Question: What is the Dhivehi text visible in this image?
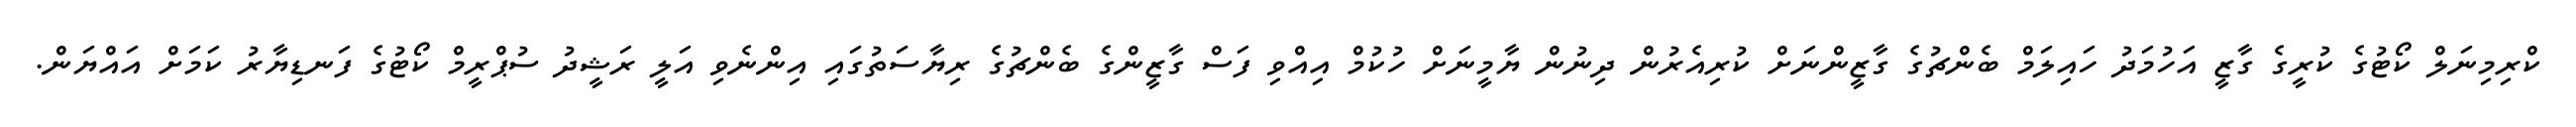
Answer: ކްރިމިނަލް ކޯޓުގެ ކުރީގެ ގާޒީ އަހުމަދު ހައިލަމް ބެންޗުގެ ގާޒީންނަށް ކުރިއެރުން ދިނުން ޔާމީނަށް ހުކުމް އިއްވި ފަސް ގާޒީންގެ ބެންޗުގެ ރިޔާސަތުގައި އިންނެވި އަލީ ރަޝީދު ސުޕްރީމް ކޯޓުގެ ފަނޑިޔާރު ކަމަށް އައްޔަން.